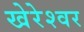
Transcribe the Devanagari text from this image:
खेरेश्वर